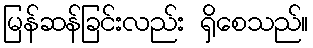
မြန်ဆန်ခြင်းလည်း ရှိစေသည်။